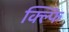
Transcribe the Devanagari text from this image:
क्ल्फि